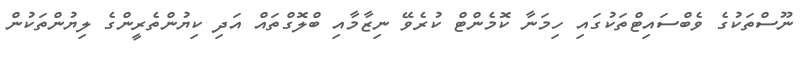
ނޫސްތަކުގެ ވެބްސައިޓްތަކުގައި ހިމަނާ ކޮމެންޓް ކުރެވޭ ނިޒާމާއި ބްލޮގްތައް އަދި ކިޔުންތެރީންގެ ލިޔުންތަކުން